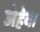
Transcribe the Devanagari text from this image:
जेहेवा